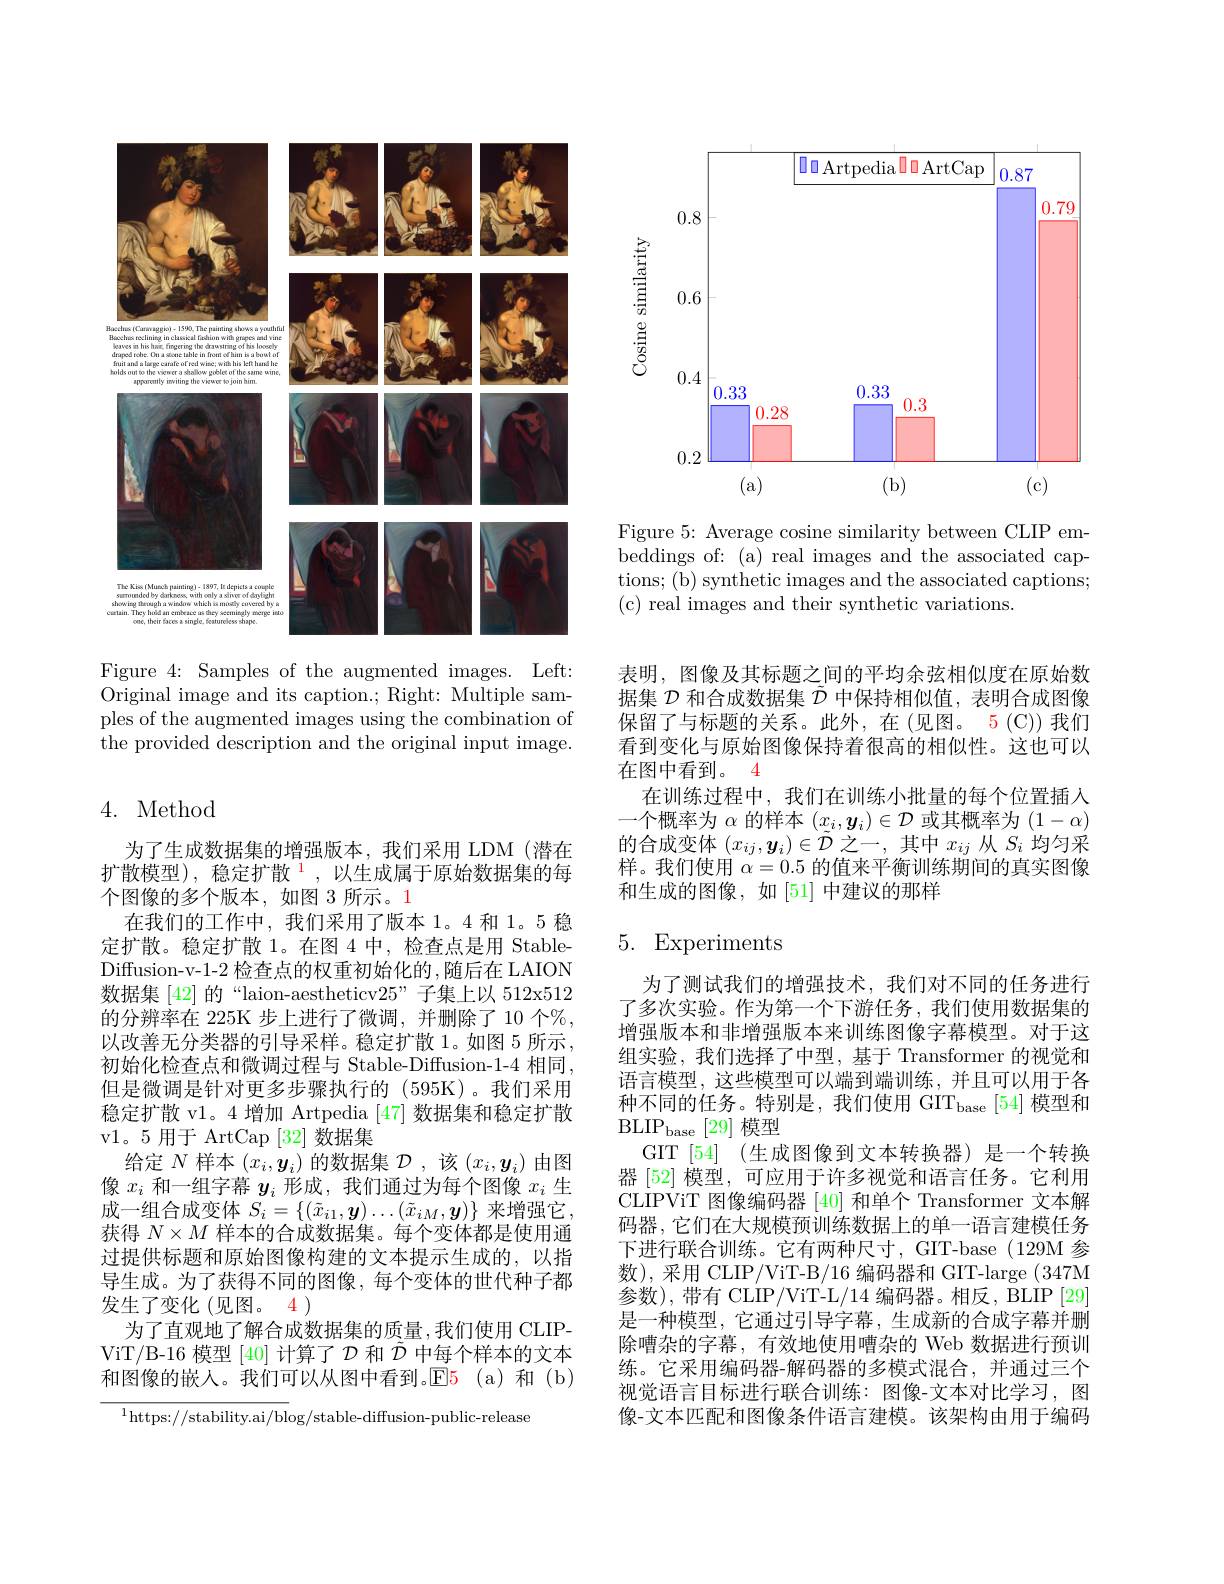
<FigureHere>

Figure 4: Samples of the augmented images. Left: Original image and its caption.; Right: Multiple samples of the augmented images using the combination of the provided description and the original input image.

<FigureHere>

Figure 5: Average cosine similarity between CLIP embeddings of: (a) real images and the associated captions; (b) synthetic images and the associated captions; (c) real images and their synthetic variations.

## 4. Method

为了生成数据集的增强版本，我们采用 LDM (潜在扩散模型),稳定扩散$^{1}$,以生成属于原始数据集的每个图像的多个版本，如图 3 所示。1
在我们的工作中，我们采用了版本 1。4 和 1。5 稳定扩散。稳定扩散 1。在图 4 中，检查点是用 StableDiffusion-v-1-2 检查点的权重初始化的 ,随后在 LAION 数据集 [42] 的“laion-aestheticv$25”$子集上以 512x512的分辨率在 225K 步上进行了微调，并删除了 10 个%, 以改善无分类器的引导采样。稳定扩散 1。如图 5 所示， 初始化检查点和微调过程与 Stable-Diffusion-1-4 相同， 但是微调是针对更多步骤执行的(595K)。我们采用稳定扩散 v1。4 增加 Artpedia [47] 数据集和稳定扩散v1。5 用于 ArtCap [32]数据集
给定$N$样本$(x_i,\boldsymbol{y}_i)$的数据集$\mathcal{D}$,该$(x_i,\boldsymbol{y}_i)$由图像$x_i$和一组字幕$y_i$形成，我们通过为每个图像$x_i$生成一组合成变体$S_i=\{(\tilde{x}_{i1},\boldsymbol{y})\ldots(\tilde{x}_{iM},\boldsymbol{y})\}$来增强它， 获得$N\times M$样本的合成数据集。每个变体都是使用通过提供标题和原始图像构建的文本提示生成的，以指导生成。为了获得不同的图像，每个变体的世代种子都发生了变化(见图。4 )
为了直观地了解合成数据集的质量，我们使用 CLIPViT/B-16 模型[40]计算了$\mathcal{D}$和$\tilde{\mathcal{D}}$中每个样本的文本和图像的嵌人。我们可以从图中看到。$\color{red}{\mathrm{E}}\color{blue}{\mathrm{(a)}}$和(b)

$^{1}$https://stability.ai/blog/stable-diffusion-public-release

表明，图像及其标题之间的平均余弦相似度在原始数据集$\mathcal{D}$和合成数据集$\tilde{\mathcal{D}}$中保持相似值，表明合成图像保留了与标题的关系。此外，在(见图。5(C))我们看到变化与原始图像保持着很高的相似性。这也可以在图中看到。4
在训练过程中，我们在训练小批量的每个位置插入一个概率为$\alpha$的样本$(x_i,\boldsymbol{y}_i)\in\mathcal{D}$或其概率为$(1-\alpha)$ 的合成变体$(x_ij,\boldsymbol{y}_i)\in\tilde{\mathcal{D}}$之一，其中$x_ij$从$S_i$均匀采样。我们使用$\alpha=0.5$的值来平衡训练期间的真实图像和生成的图像，如[51]中建议的那样

### 5. Experiments

为了测试我们的增强技术，我们对不同的任务进行了多次实验。作为第一个下游任务，我们使用数据集的增强版本和非增强版本来训练图像字幕模型。对于这组实验，我们选择了中型，基于 Transformer 的视觉和语言模型，这些模型可以端到端训练，并且可以用于各种不同的任务。特别是，我们使用 GIT$_\mathrm{base}[54]$模型和$\mathrm{BLIP}_{\mathrm{base}}[29]$模型
GIT [54] (生成图像到文本转换器)是一个转换器 [52] 模型，可应用于许多视觉和语言任务。它利用CLIPViT 图像编码器[40]和单个 Transformer 文本解码器，它们在大规模预训练数据上的单一语言建模任务下进行联合训练。它有两种尺寸，GIT-base (129M 参数), 采用 CLIP/ViT-B/16 编码器和 GIT-large (347M 参数),带有 CLIP/ViT-L/14 编码器。相反，BLIP [29] 是一种模型，它通过引导字幕，生成新的合成字幕并删除嘈杂的字幕，有效地使用嘈杂的 Web 数据进行预训练。它采用编码器-解码器的多模式混合，并通过三个视觉语言目标进行联合训练：图像-文本对比学习，图像-文本匹配和图像条件语言建模。该架构由用于编码